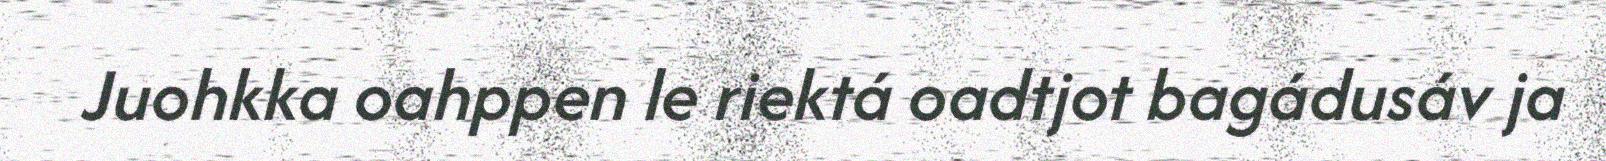
Juohkka oahppen le riektá oadtjot bagádusáv ja